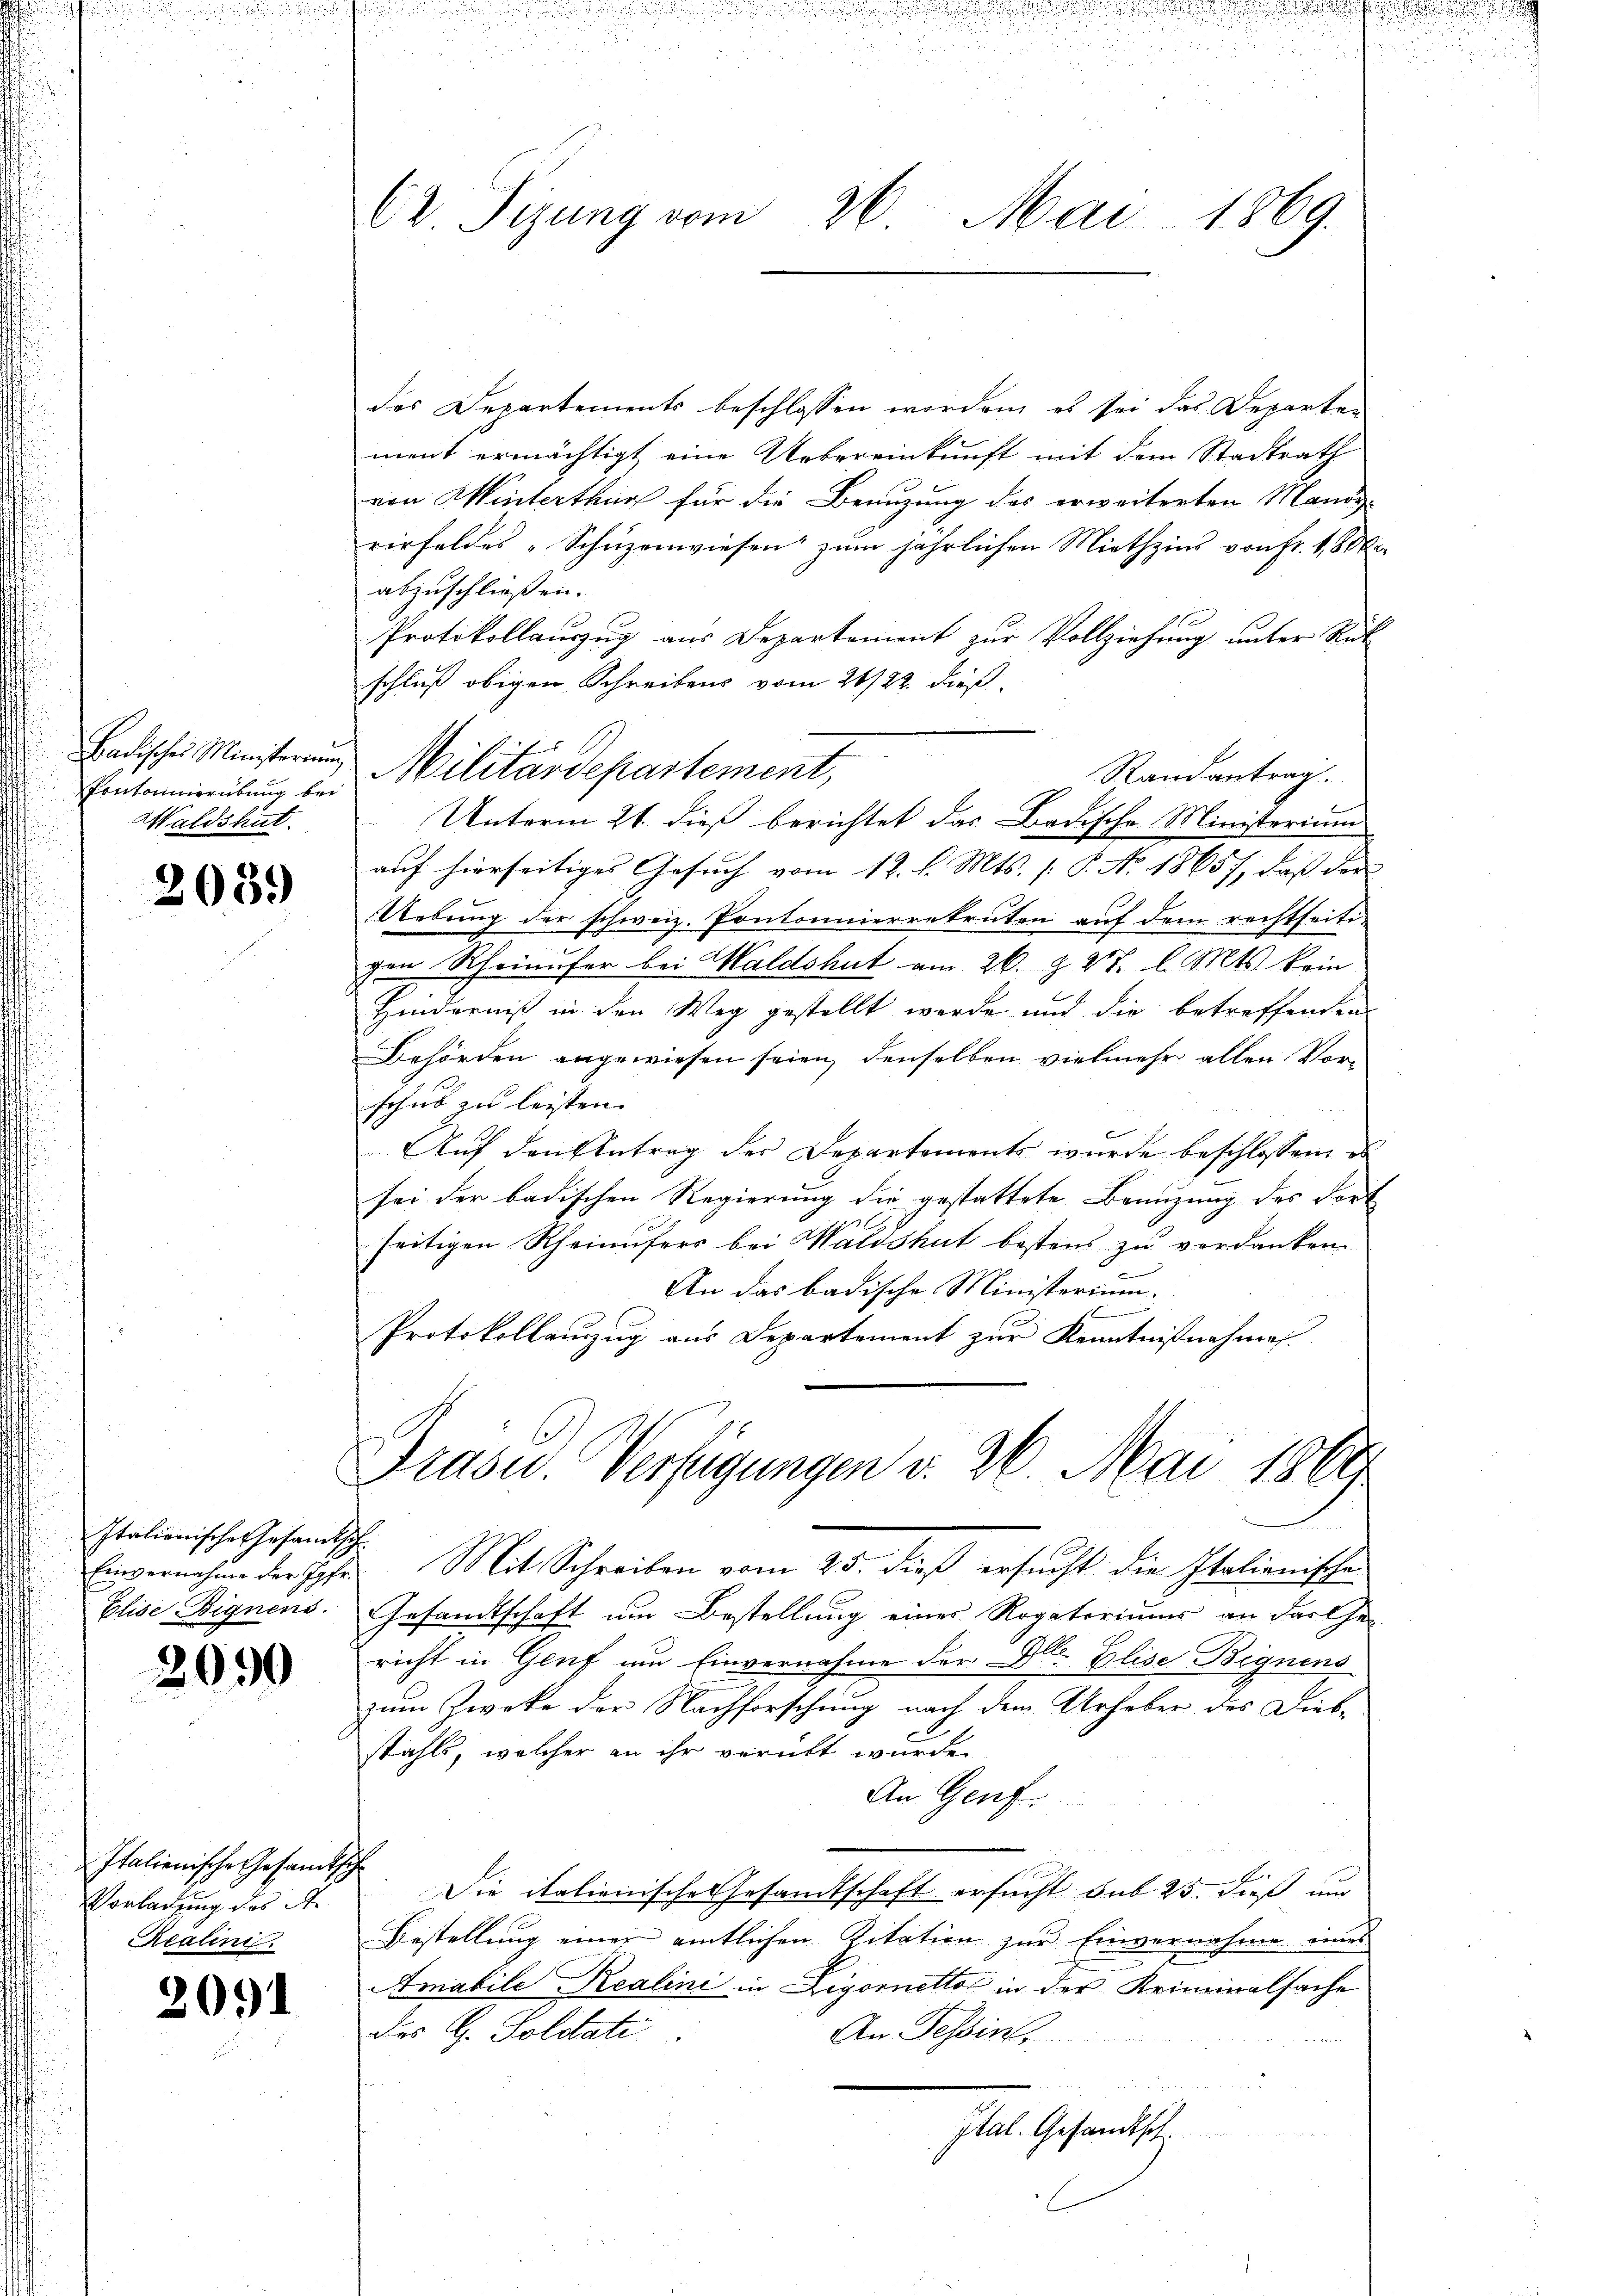
Badisches Ministerium
Contonnierübung bei
Waldshut.

2059

Italionische Gesandtsch
Elise, Bignens.

2090

Italionische Gesandtsc
Vorladung des St.
Realini

2091

C Sizung vom 26. Mai 1869.

des Departements beschlossen worden, es sei das Departen
ment ermächtigt eine Uebereinkunft mit dem Stadtrath
von Winterthur für die Benuzung des erweiterten Mand
rirfeldes „Schüzenwiesen zum jährlichen Miethzins von Fr. 180
abzuschließen.
Protokollauszug aus Departement zur Vollziehung unter Rück
schluß obigen Schreibens vom 21/22. dieß
Militärdepartement,
Randantrag.
Unterm 21. dieß berichtet das Badische Ministerium
auf hierseitiges Gesuch vom 12. l. Mts. (: P. No. 18657, daß der
Uebung der schweiz. Pontonnierrekruten auf dem rechtseitigen Rheinufer bei Waldshut am 26. Z. 27. l. Mts. kein
Hinderniß in den Weg gestellt werde und die betreffenden
Behörden angewiesen seien, denselben vielmehr allen Vor-
schub zu leisten.
Aŭf den Eintrag der Departements wurde beschlossen u
sei der badischen Regierung die gestattete Benuzung des Fort- |
seitigen Rheinufers bei Waldshut bestens zu verdanken
An das badische Ministerium.
Protokollanzug aus Departement zur Kenntnißnahme.
Trasu. Verfügungen v. 26. Mai 1869
t
Einvernahme der Ipfe. Mit Schreiben vom 23. dieß ersucht die Italienische
Gesandtschaft um Bestellung eines Rogatoriums an darthe
richt in Genf um Einvernahme der Dr. Elise Bignens
zum Zwecke der Nachforschung nach dem Urheber des Dieb-
stahls, welcher an ihr verübt wurde.
An Genf.
c
1
Die italienische Gesandtschaft ersucht sub 25. dieß um
Bestellung einer amtlichen Ritation zur Einvernahme eines
Amabile Realini in Ligornetto in der Kriminalsache
des G. Politati
An Tessin,
Ital. Gesandtsch
l